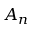
A _ { n }